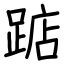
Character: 踮